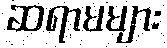
ဆရာမများ